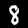
Digit: 8